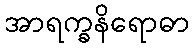
အာရက္ခနိရောဓာ